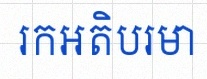
រកអតិបរមា